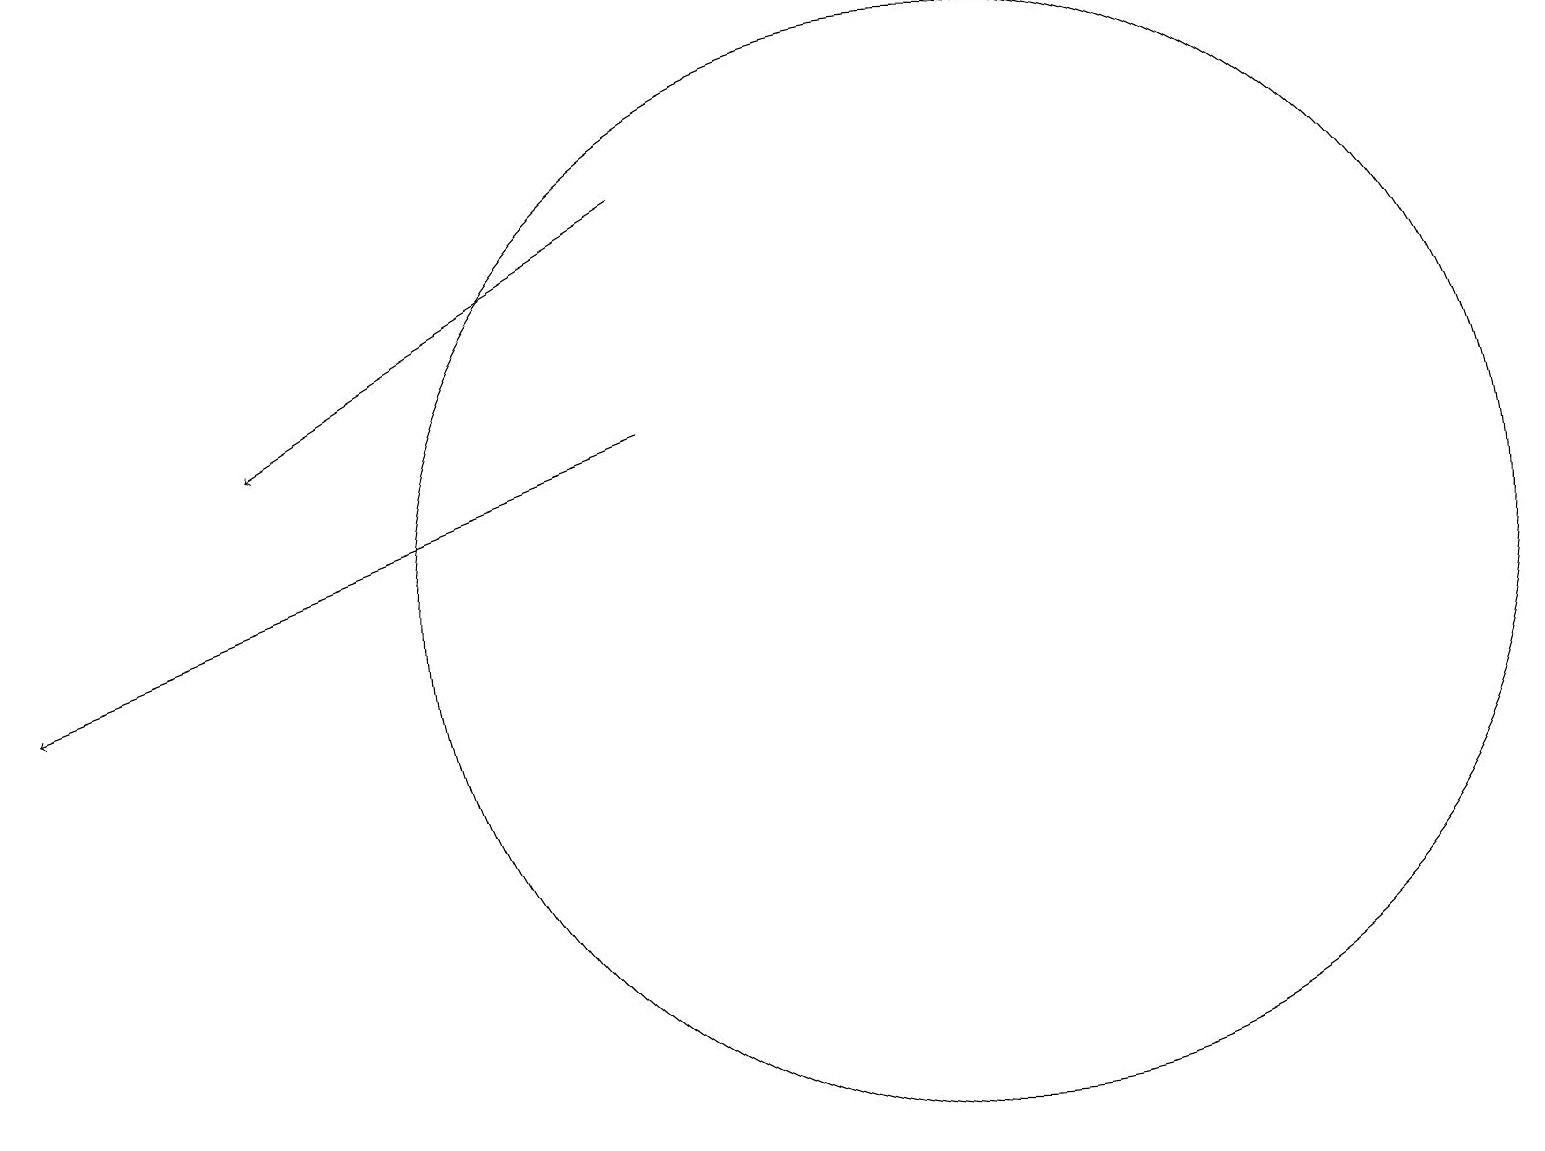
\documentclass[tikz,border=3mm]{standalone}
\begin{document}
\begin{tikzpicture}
\draw (12,12) circle (7);
\draw[->] (8,17) -- (3,14);
\draw[->] (8,14) -- (0,11);
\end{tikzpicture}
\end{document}